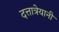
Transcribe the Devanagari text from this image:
दत्तात्रेयानी